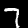
Digit: 7